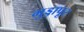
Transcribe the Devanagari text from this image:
गुड्डापूर